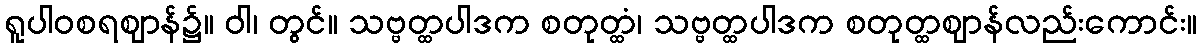
ရူပါဝစရဈာန်၌။ ဝါ၊ တွင်။ သဗ္ဗတ္ထပါဒက စတုတ္ထံ၊ သဗ္ဗတ္ထပါဒက စတုတ္ထဈာန်လည်းကောင်း။